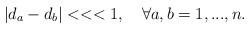
LaTeX: \begin{align*}\left| d_{a}-d_{b}\right| <<<1,\quad \forall a,b=1,...,n.\end{align*}